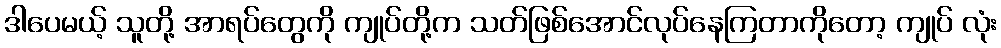
ဒါပေမယ့် သူတို့ အာရပ်တွေကို ကျုပ်တို့က သတ်ဖြစ်အောင်လုပ်နေကြတာကိုတော့ ကျုပ် လုံး